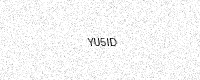
Text: YU5ID